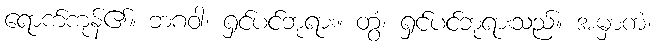
ရောက်ကုန်၏။ ဘဂဝါ၊ ရှင်ပင်ဘုရား။ တွံ၊ ရှင်ပင်ဘုရားသည်။ အမှာကံ၊